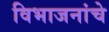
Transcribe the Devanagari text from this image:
विभाजनांचे